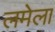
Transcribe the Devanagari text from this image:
लमेला